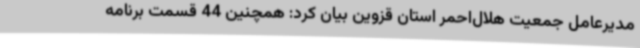
مدیرعامل جمعیت هلال‌احمر استان قزوین بیان کرد: همچنین 44 قسمت برنامه